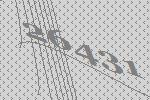
26431